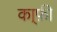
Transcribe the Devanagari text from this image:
का्फ़ी